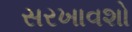
સરખાવશો